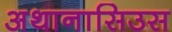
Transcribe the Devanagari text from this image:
अथानासिउस